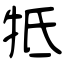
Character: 牴